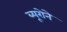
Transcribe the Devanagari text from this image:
ब्यूरोने